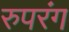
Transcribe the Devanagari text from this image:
रुपरंग